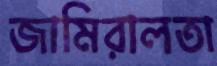
জামিরালতা